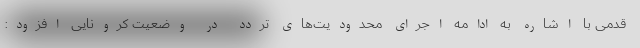
قدمی با اشاره به ادامه اجرای محدودیت‌های تردد در وضعیت کرونایی افزود: